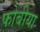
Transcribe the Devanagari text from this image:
फोबीया